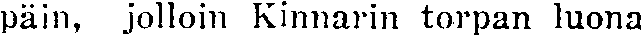
päin, jolloin Kinnarin torpan luona